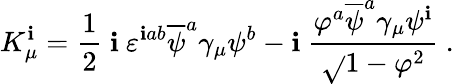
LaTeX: K_{\mu}^{\mathbf{i}}=\frac{1}{2}~\mathbf{i}~\varepsilon^{\mathbf{i}ab}\overline{{{{\psi}}}}^{a}\gamma_{\mu}\psi^{b}-\mathbf{i}~{\frac{{\varphi^{a}\overline{{{{\psi}}}}^{a}\gamma_{\mu}\psi^{\mathbf{i}}}}{{\sqrt{}{{1-{\varphi}^{2}}}}}}~.